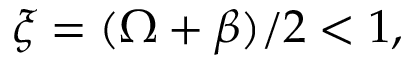
\xi = ( \Omega + \beta ) / 2 < 1 ,